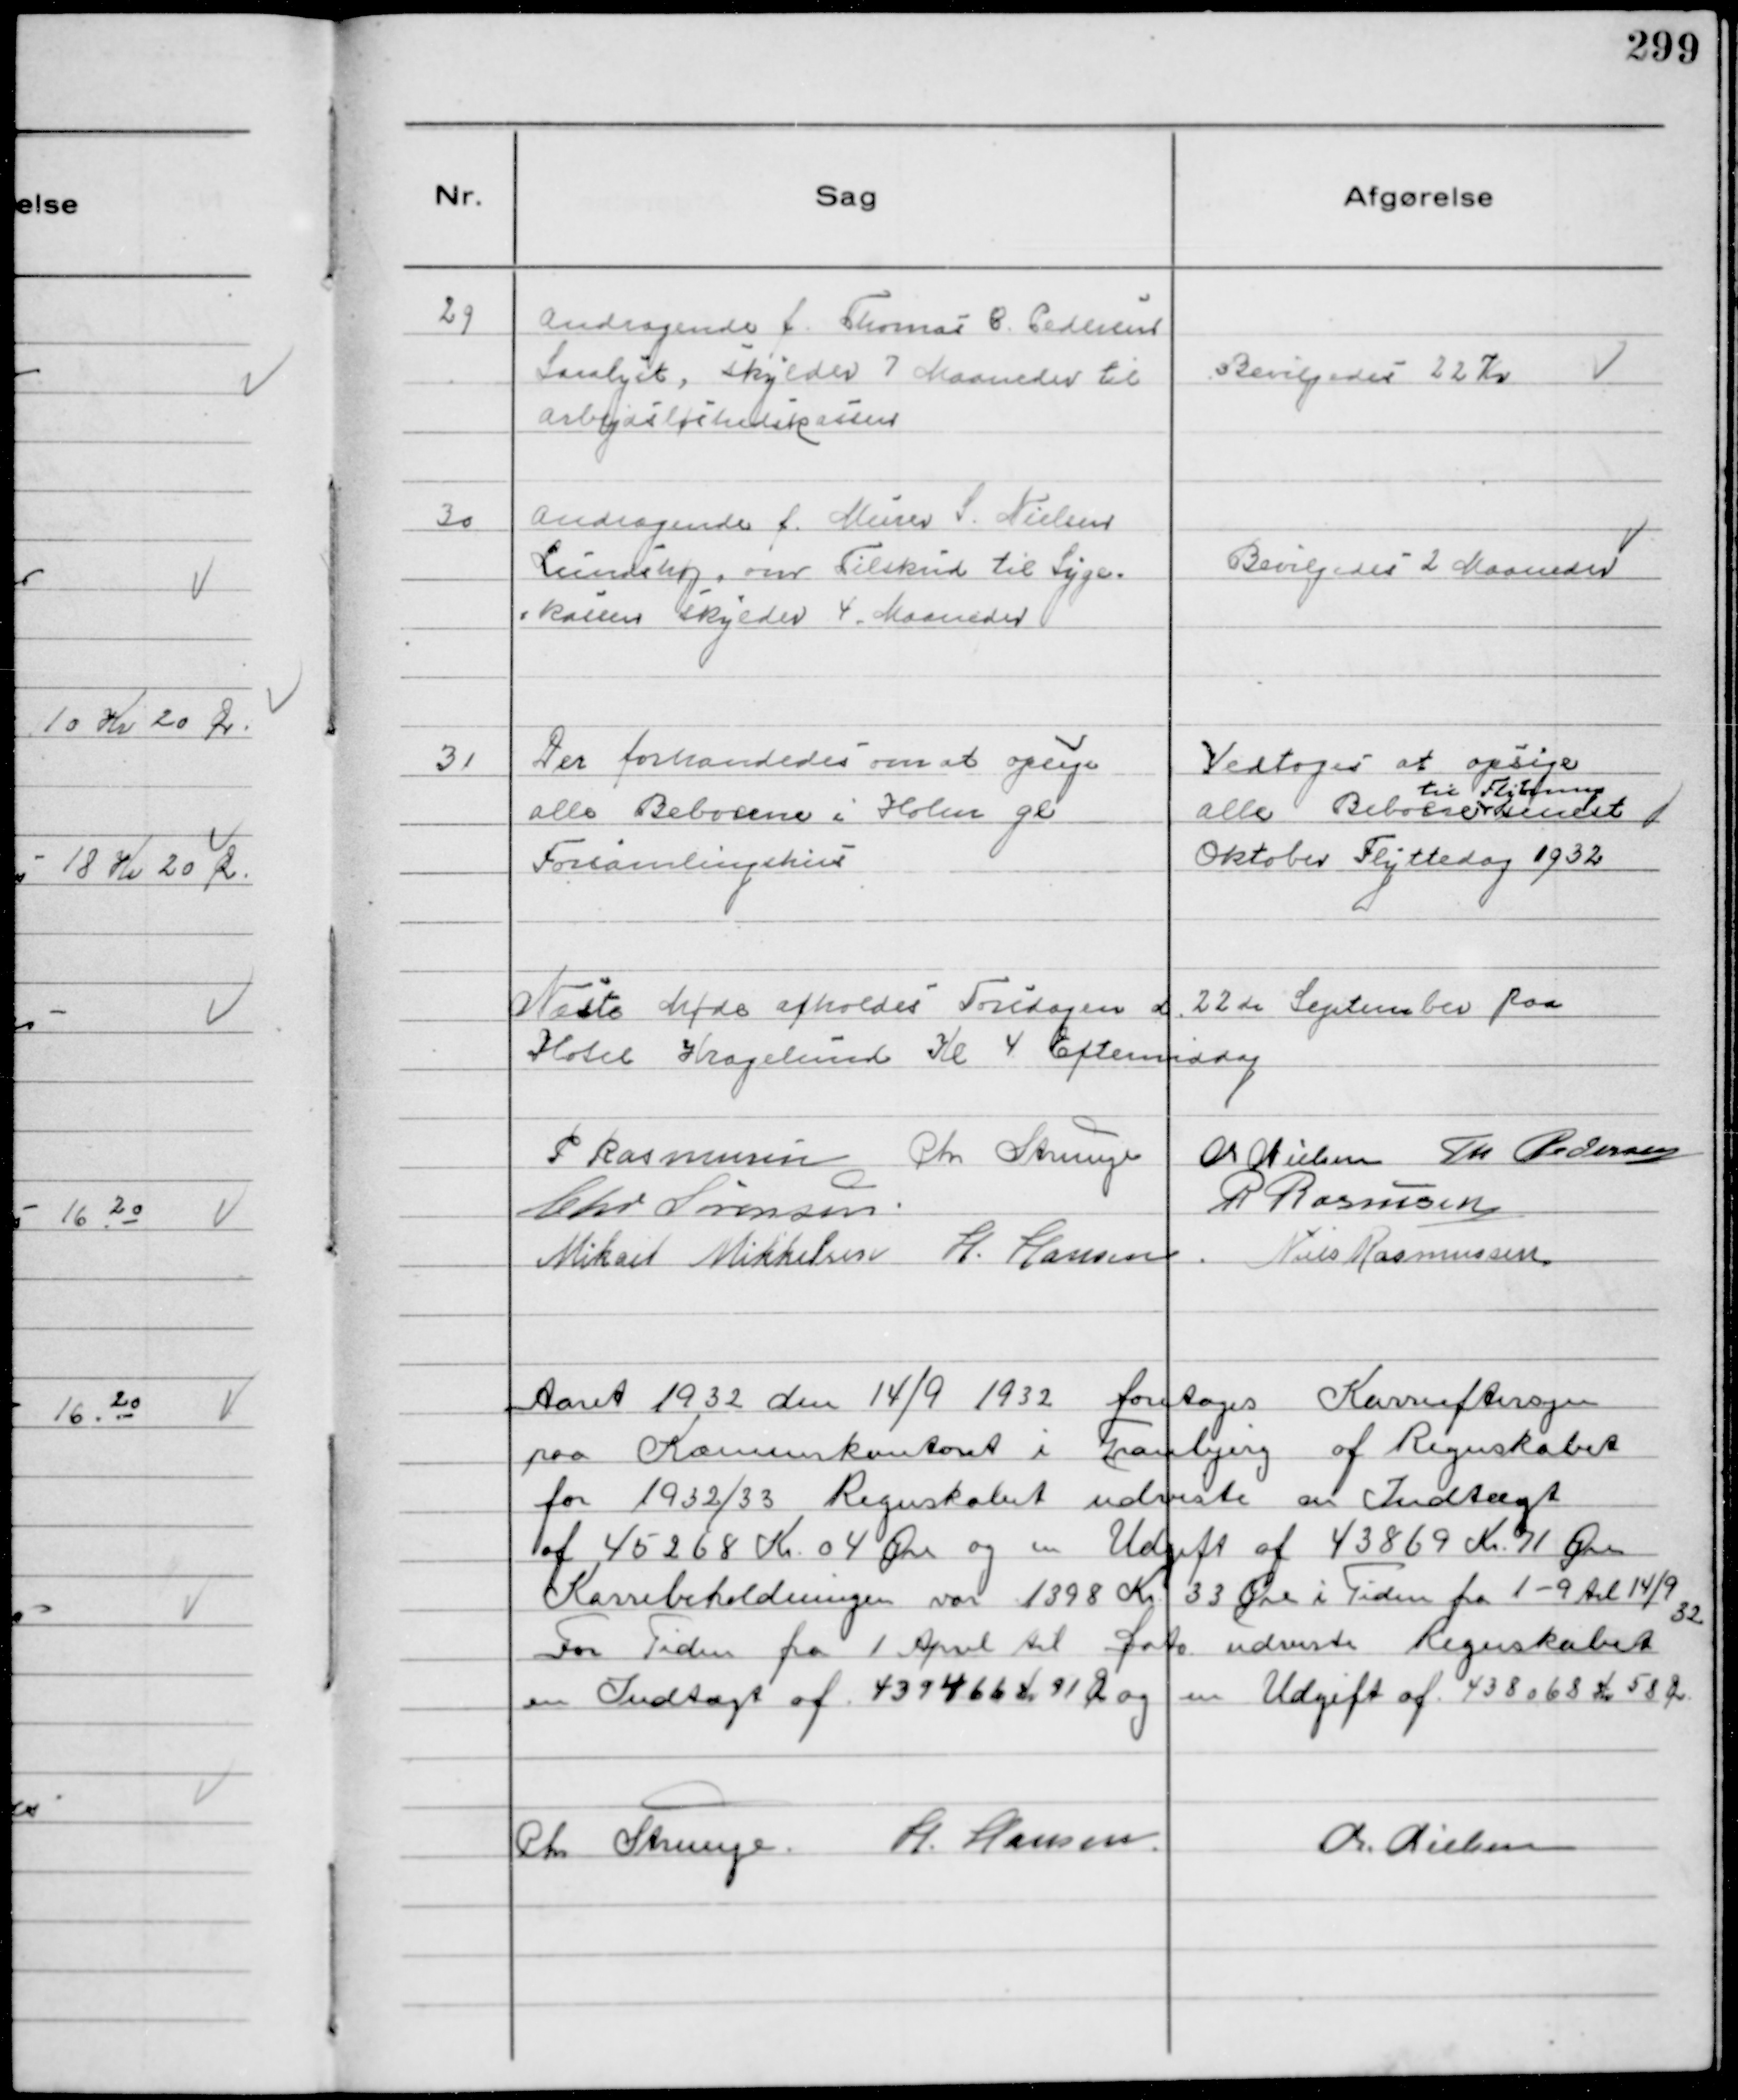
Transskription:
29
Andragende f. Thomas C. Pedersen
Saralyst, skylder 7 Maaneder til
Arbejdsløshedskassen

Bevilgedes 22 Kr

30
Andragende f. Murer S. Nielsen
Lundshøj, om Tilskud til Syge
kassen skylder 4 Maaneder

Bevilgedes 2 Maaneder

31
Der forhandedes om at opsige
alle Beboerne i Holme gl
Forsamlingshus

Vedtoges at opsige
alle beboere
til Flytning
senest
Oktober Flyttedag 1932

Næste Møde afholdes Torsdagen d. 22de September paa
Hotel Kragelumd Kl 4 Eftermiddag
P Rasmussen Chr Strunge Chr Nielsen Th Pedersen
Chr Sørensen
R Rasmussen
Mikael Mikkelsen H. Hansen Niels Rasmussen

Aaret 1932 den 14/9 1932 foretoges Kasseeftersyn
paa Kæmnerkontoret i Tranbjerg af Regnskabet
for 1932/33. Regnskabet udviste en Indtægt
af 45268 Kr 04 Øre og en Udgift af 43869 Kr 71 Øre
Kassebeholdningen var 1398 Kr 33 Øre i Tiden fra 1-9 til 14/9 32
For Tiden fra 1 April til Dato udviste Regnskabet
en Indtægt af 439466 Kr 91 Øre og en Udgift af 438068 Kr 58 Øre.
Chr Strunge. H. Hansen.
Chr. Nielsen